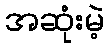
အဆုံးမဲ့